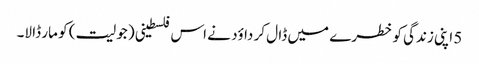
5 اپنی زندگی کو خطرے میں ڈا ل کر داؤد نے اس فلسطینی ( جولیت ) کو مار ڈا لا۔